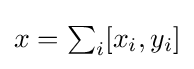
{\textstyle x=\sum _{i}[x_{i},y_{i}]}